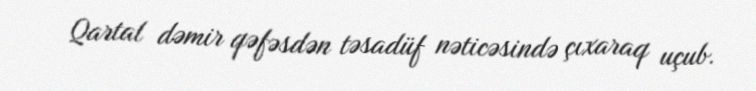
Qartal dəmir qəfəsdən təsadüf nəticəsində çıxaraq uçub.